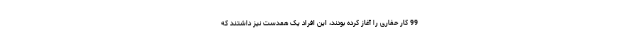
99 کار حفاری را آغاز کرده بودند، این افراد یک همدست نیز داشتند که